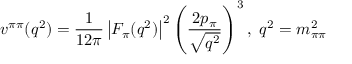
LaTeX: v ^ { \pi \pi } ( q ^ { 2 } ) = \frac { 1 } { 1 2 \pi } \left| F _ { \pi } ( q ^ { 2 } ) \right| ^ { 2 } \left( \frac { 2 p _ { \pi } } { \sqrt { q ^ { 2 } } } \right) ^ { 3 } , ~ q ^ { 2 } = m _ { \pi \pi } ^ { 2 }